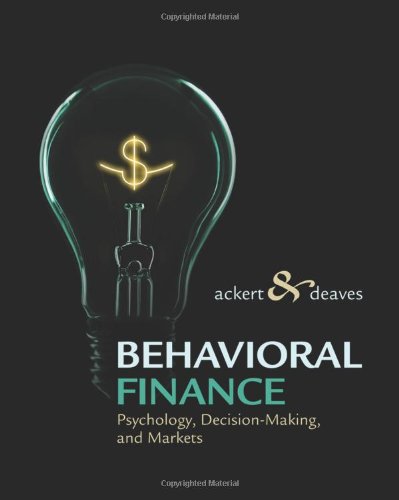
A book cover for Behavioral Finance: Psychology, Decision-Making, and Markets; Lucy Ackert; Science & Math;